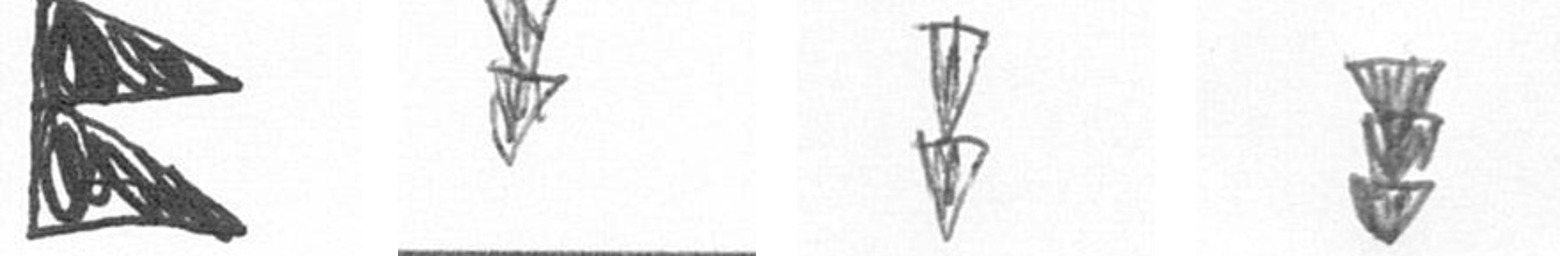
P Z Z E